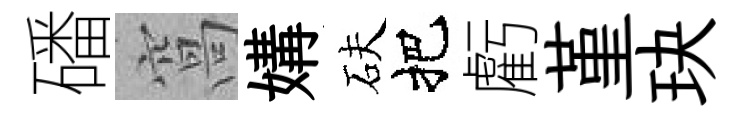
磻窩媾砆把虧堇玦